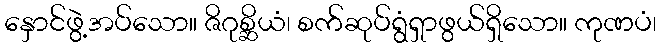
နှောင်ဖွဲ့အပ်သော။ ဇိဂုစ္ဆိယံ၊ စက်ဆုပ်ရွံရှာဖွယ်ရှိသော။ ကုဏပံ၊